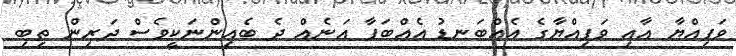
ވަފިއްޔާ އާއި ވަފިއްޔާގެ އެއްބަނޑު އެއްބަފާ އަނެއް ދެ ބެއިންނަކީވެސް ދަރިން ތިބި